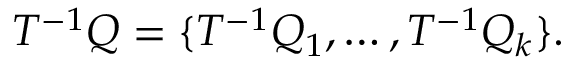
T ^ { - 1 } Q = \{ T ^ { - 1 } Q _ { 1 } , \ldots , T ^ { - 1 } Q _ { k } \} .